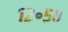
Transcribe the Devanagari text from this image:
१२॰५०